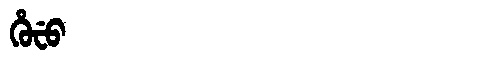
Manchu: ᡥᡠᠸᡠ
Romanization: HUFU